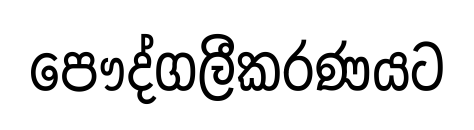
පෞද්ගලීකරණයට